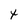
Character: t